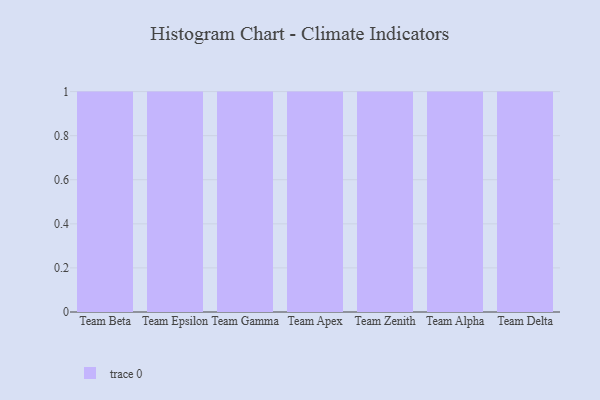
{"axis": {"x": "Team", "y": "Waste Production (Tons)"}, "legend": [""], "data": [{"x": "Team Beta", "y": 69, "type": ""}, {"x": "Team Epsilon", "y": 30, "type": ""}, {"x": "Team Gamma", "y": 52, "type": ""}, {"x": "Team Apex", "y": 35, "type": ""}, {"x": "Team Zenith", "y": 43, "type": ""}, {"x": "Team Alpha", "y": 64, "type": ""}, {"x": "Team Delta", "y": 97, "type": ""}]}